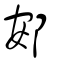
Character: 䢿